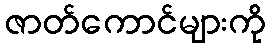
ဇာတ်ကောင်များကို